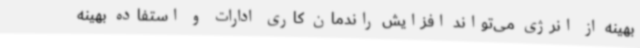
بهینه از انرژی می‌تواند افزایش راندمان کاری ادارات و استفاده بهینه